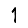
Digit: 1